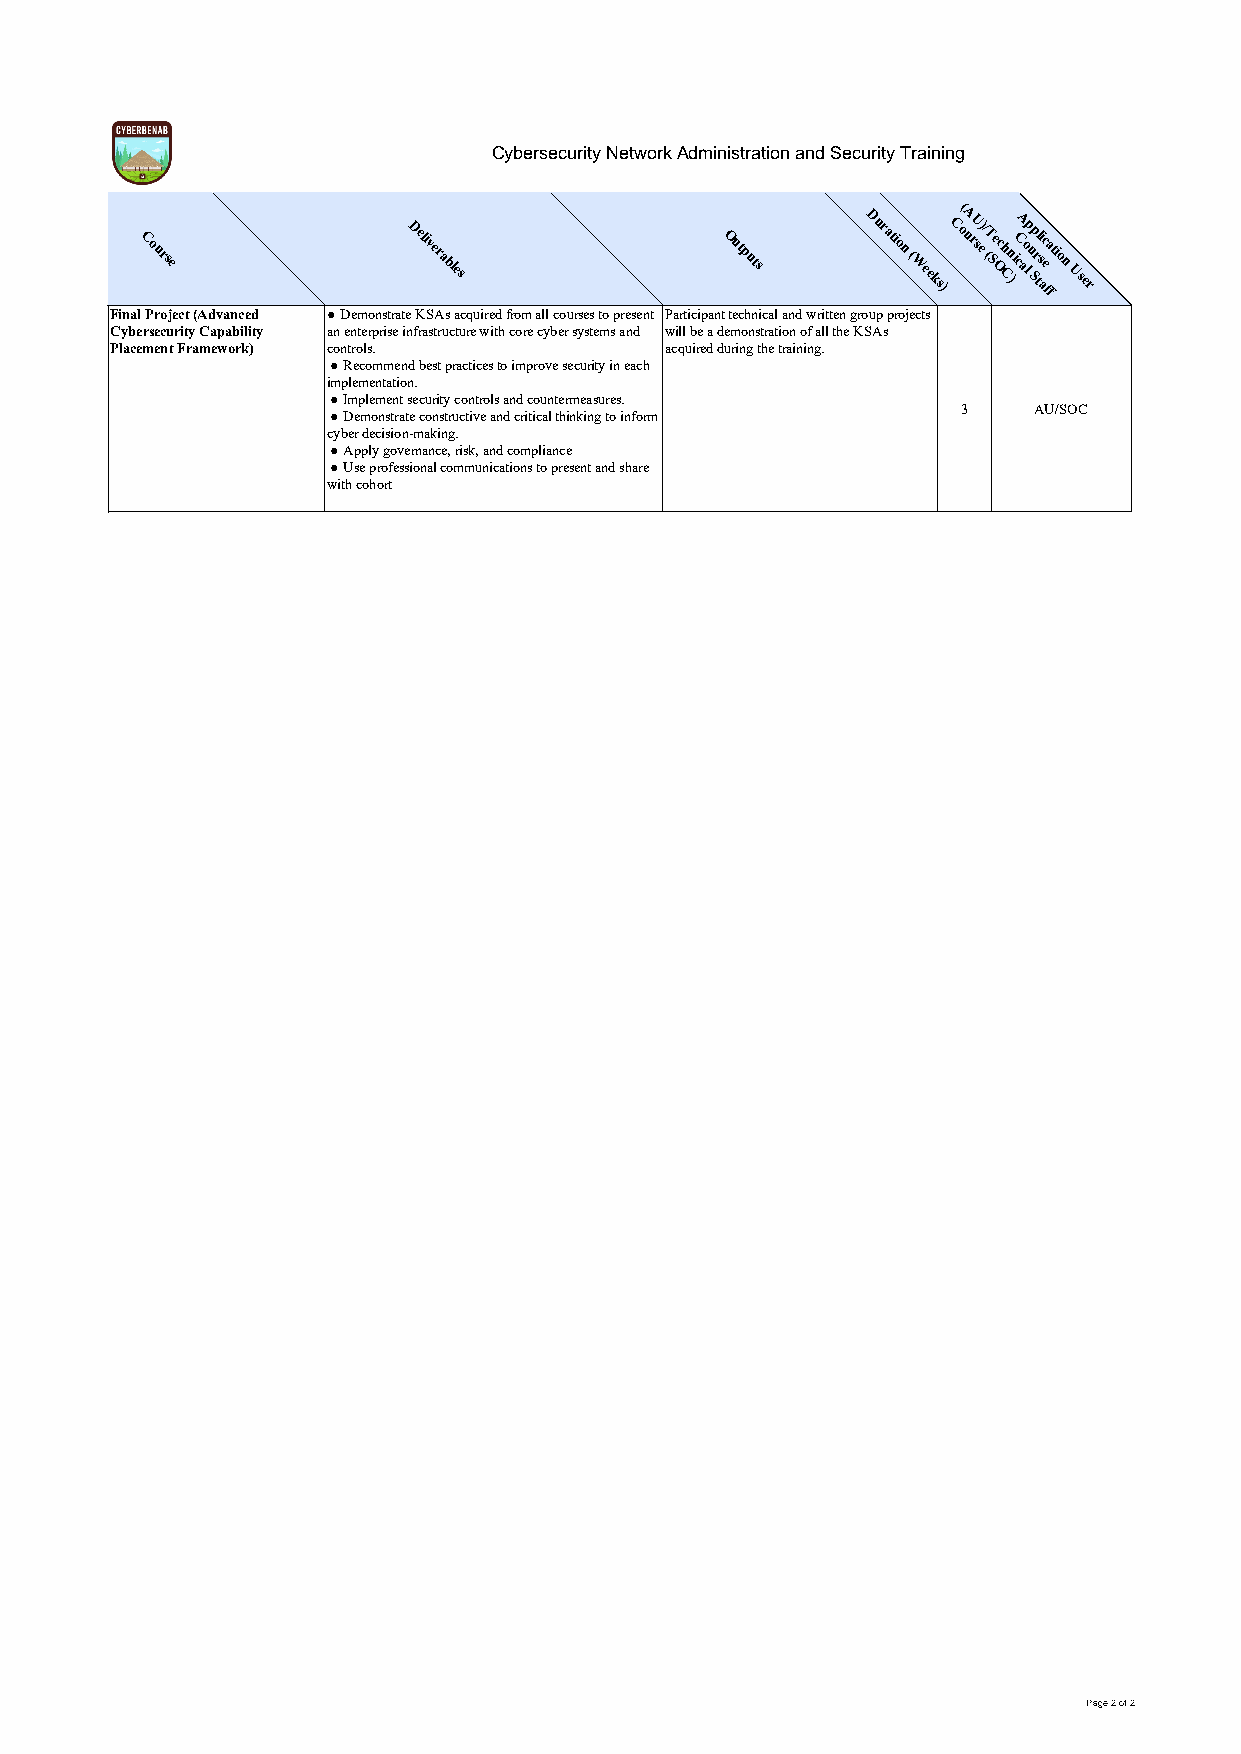
Cybersecurity Network Administration and Security Training
 (
 Course            Deliverables         Outputs  Duration ( Weeks)CouA rU se) / (T Se Och Cn )iC cA ao lp u Sp r tl s ai ec
 f
 a
 f
 tion
 User
 Final Project (Advanced ● Demonstrate KSAs acquired from all courses to present Participant technical and written group projects
 Cybersecurity Capability an enterprise infrastructure with core cyber systems and will be a demonstration of all the KSAs
 Placement Framework) controls.       acquired during the training.
 ● Recommend best practices to improve security in each
 implementation.
 ● Implement security controls and countermeasures.
 3   AU/SOC
 ● Demonstrate constructive and critical thinking to inform
 cyber decision-making.
 ● Apply governance, risk, and compliance
 ● Use professional communications to present and share
 with cohort
 Page 2 of 2